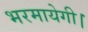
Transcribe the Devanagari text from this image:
भरमायेगी।